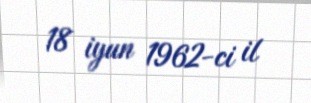
18 iyun 1962-ci il